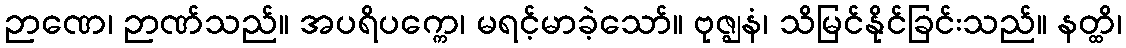
ဉာဏေ၊ ဉာဏ်သည်။ အပရိပက္ကေ၊ မရင့်မာခဲ့သော်။ ဗုဇ္ဈနံ၊ သိမြင်နိုင်ခြင်းသည်။ နတ္ထိ၊